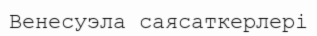
Венесуэла саясаткерлері